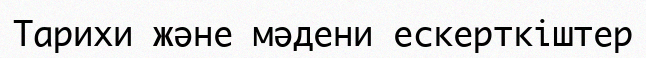
Тарихи және мәдени ескерткіштер